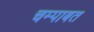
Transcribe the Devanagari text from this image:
चम्पाबत